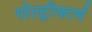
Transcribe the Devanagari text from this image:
पोल्ट्रीफार्म